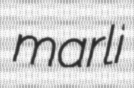
marli